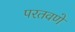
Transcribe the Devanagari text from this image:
परतवणे